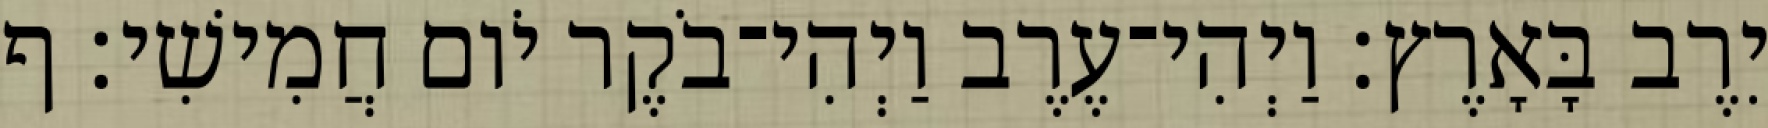
יִרֶב בָּאָרֶץ׃ וַיְהִי־עֶרֶב וַיְהִי־בֹקֶר יֹום חֲמִישִׁי׃ ף